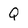
Character: Q